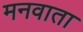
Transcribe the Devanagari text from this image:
मनवाता